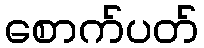
စောက်ပတ်